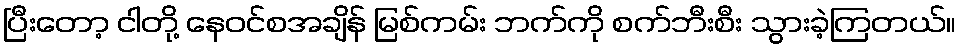
ပြီးတော့ ငါတို့ နေဝင်စအချိန် မြစ်ကမ်း ဘက်ကို စက်ဘီးစီး သွားခဲ့ကြတယ်။